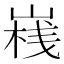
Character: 𡺄